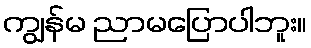
ကျွန်မ ညာမပြောပါဘူး။